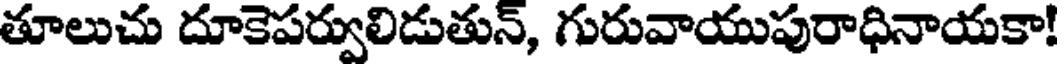
తూలుచు దూకెపర్వులిడుతున్, గురువాయుపురాధినాయకా!